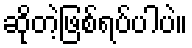
ဆိုတဲ့ဖြစ်ရပ်ပါပဲ။